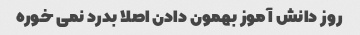
روز دانش آموز بهمون دادن اصلا بدرد نمی خوره